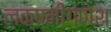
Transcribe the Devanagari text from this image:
लक्ष्मीगणेश